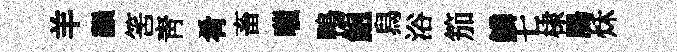
羊韻筈青肴畜嗤鴨鮑舄浴笳鱗七棣腸秌